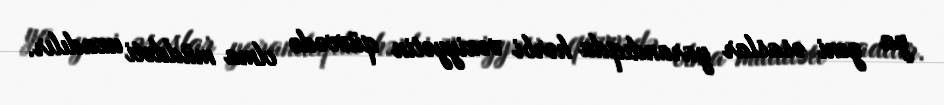
ya yeni əsaslar yarandıqda hərbi vəziyyətin qüvvədə olma müddəti uzadılır.